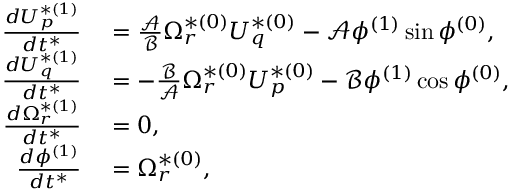
\begin{array} { r l } { \frac { d U _ { p } ^ { * ( 1 ) } } { d t ^ { * } } } & { { } = \frac { \mathcal { A } } { \mathcal { B } } \Omega _ { r } ^ { * ( 0 ) } U _ { q } ^ { * ( 0 ) } - \mathcal { A } \phi ^ { ( 1 ) } \sin \phi ^ { ( 0 ) } , } \\ { \frac { d U _ { q } ^ { * ( 1 ) } } { d t ^ { * } } } & { { } = - \frac { \mathcal { B } } { \mathcal { A } } \Omega _ { r } ^ { * ( 0 ) } U _ { p } ^ { * ( 0 ) } - \mathcal { B } \phi ^ { ( 1 ) } \cos \phi ^ { ( 0 ) } , } \\ { \frac { d \Omega _ { r } ^ { * ( 1 ) } } { d t ^ { * } } } & { { } = 0 , } \\ { \frac { d \phi ^ { ( 1 ) } } { d t ^ { * } } } & { { } = \Omega _ { r } ^ { * ( 0 ) } , } \end{array}